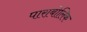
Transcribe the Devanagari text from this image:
पाराबोलिक